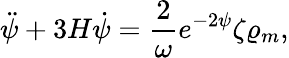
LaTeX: \ddot{\psi}+3H\dot{\psi}={\frac{2}{\omega}}e^{-2\psi}\zeta\varrho_{m},